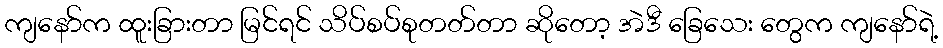
ကျနော်က ထူးခြားတာ မြင်ရင် သိပ်စပ်စုတတ်တာ ဆိုတော့ အဲဒီ ခြေသေး တွေက ကျနော်ရဲ့